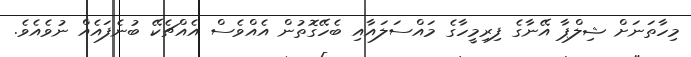
މިހާތަނަށް ޝިލްޕާ އޭނާގެ ފިރިމީހާގެ މައްސަލައާއި ބެހޭގޮތުން އެއްވެސް އެއްޗެކޭ ބުނެފައެއް ނުވެއެވެ.